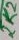
Text: 2K2